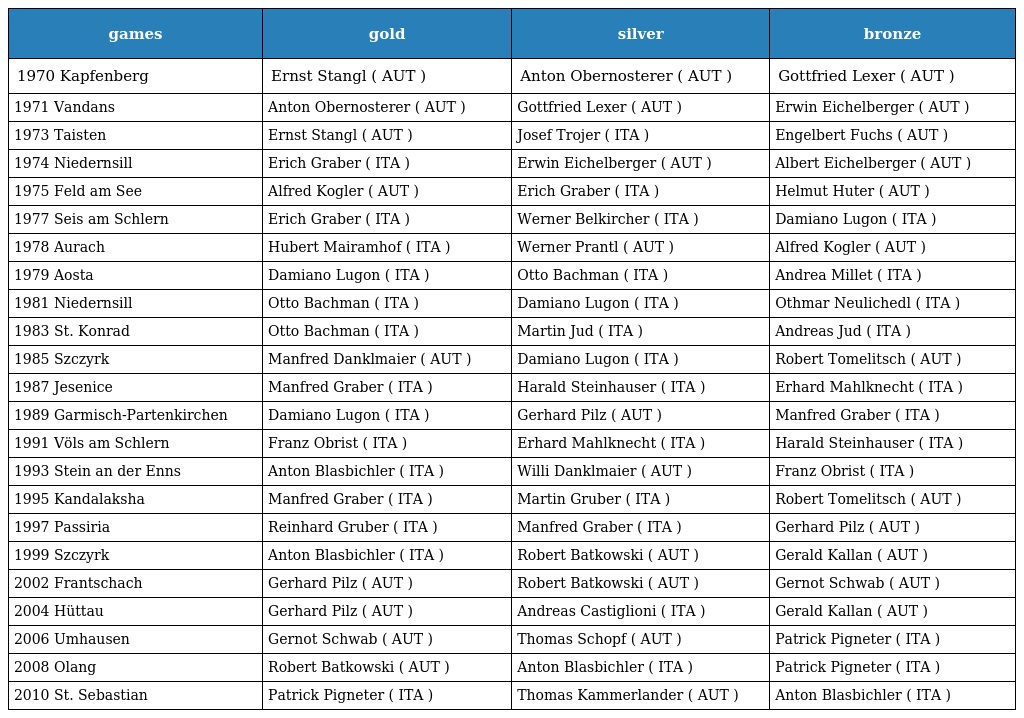
| games | gold | silver | bronze |
 | --- | --- | --- | --- |
 | 1970 Kapfenberg | Ernst Stangl ( AUT ) | Anton Obernosterer ( AUT ) | Gottfried Lexer ( AUT ) |
 | 1971 Vandans | Anton Obernosterer ( AUT ) | Gottfried Lexer ( AUT ) | Erwin Eichelberger ( AUT ) |
 | 1973 Taisten | Ernst Stangl ( AUT ) | Josef Trojer ( ITA ) | Engelbert Fuchs ( AUT ) |
 | 1974 Niedernsill | Erich Graber ( ITA ) | Erwin Eichelberger ( AUT ) | Albert Eichelberger ( AUT ) |
 | 1975 Feld am See | Alfred Kogler ( AUT ) | Erich Graber ( ITA ) | Helmut Huter ( AUT ) |
 | 1977 Seis am Schlern | Erich Graber ( ITA ) | Werner Belkircher ( ITA ) | Damiano Lugon ( ITA ) |
 | 1978 Aurach | Hubert Mairamhof ( ITA ) | Werner Prantl ( AUT ) | Alfred Kogler ( AUT ) |
 | 1979 Aosta | Damiano Lugon ( ITA ) | Otto Bachman ( ITA ) | Andrea Millet ( ITA ) |
 | 1981 Niedernsill | Otto Bachman ( ITA ) | Damiano Lugon ( ITA ) | Othmar Neulichedl ( ITA ) |
 | 1983 St. Konrad | Otto Bachman ( ITA ) | Martin Jud ( ITA ) | Andreas Jud ( ITA ) |
 | 1985 Szczyrk | Manfred Danklmaier ( AUT ) | Damiano Lugon ( ITA ) | Robert Tomelitsch ( AUT ) |
 | 1987 Jesenice | Manfred Graber ( ITA ) | Harald Steinhauser ( ITA ) | Erhard Mahlknecht ( ITA ) |
 | 1989 Garmisch-Partenkirchen | Damiano Lugon ( ITA ) | Gerhard Pilz ( AUT ) | Manfred Graber ( ITA ) |
 | 1991 Völs am Schlern | Franz Obrist ( ITA ) | Erhard Mahlknecht ( ITA ) | Harald Steinhauser ( ITA ) |
 | 1993 Stein an der Enns | Anton Blasbichler ( ITA ) | Willi Danklmaier ( AUT ) | Franz Obrist ( ITA ) |
 | 1995 Kandalaksha | Manfred Graber ( ITA ) | Martin Gruber ( ITA ) | Robert Tomelitsch ( AUT ) |
 | 1997 Passiria | Reinhard Gruber ( ITA ) | Manfred Graber ( ITA ) | Gerhard Pilz ( AUT ) |
 | 1999 Szczyrk | Anton Blasbichler ( ITA ) | Robert Batkowski ( AUT ) | Gerald Kallan ( AUT ) |
 | 2002 Frantschach | Gerhard Pilz ( AUT ) | Robert Batkowski ( AUT ) | Gernot Schwab ( AUT ) |
 | 2004 Hüttau | Gerhard Pilz ( AUT ) | Andreas Castiglioni ( ITA ) | Gerald Kallan ( AUT ) |
 | 2006 Umhausen | Gernot Schwab ( AUT ) | Thomas Schopf ( AUT ) | Patrick Pigneter ( ITA ) |
 | 2008 Olang | Robert Batkowski ( AUT ) | Anton Blasbichler ( ITA ) | Patrick Pigneter ( ITA ) |
 | 2010 St. Sebastian | Patrick Pigneter ( ITA ) | Thomas Kammerlander ( AUT ) | Anton Blasbichler ( ITA ) |